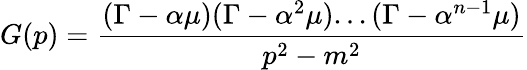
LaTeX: G(p)=\frac{(\Gamma-\alpha\mu)(\Gamma-\alpha^{2}\mu)...(\Gamma-\alpha^{n-1}\mu)}{p^{2}-m^{2}}